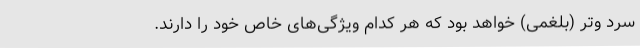
سرد و‌تر (بلغمی) خواهد بود که هر کدام ویژگی‌های خاص خود را دارند.